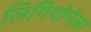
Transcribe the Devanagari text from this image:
लिगियोनेला